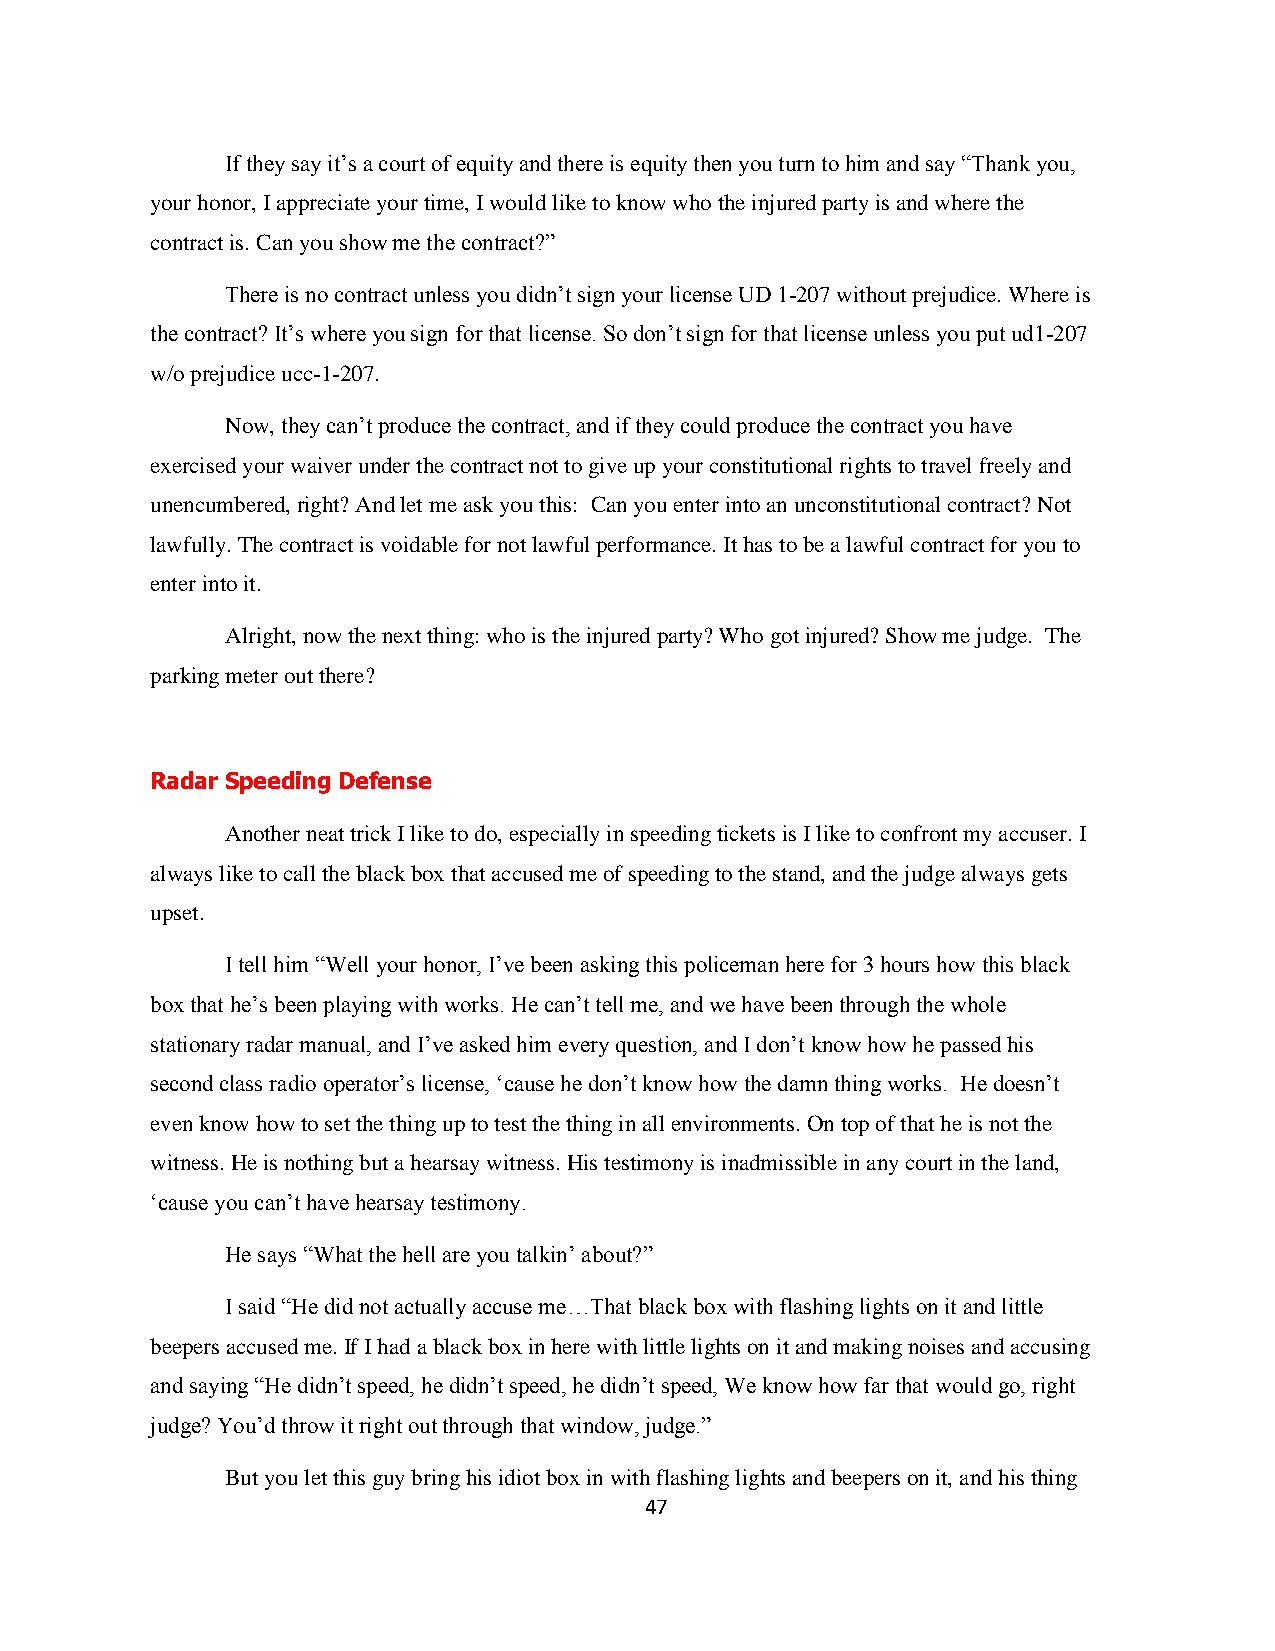
If they say it‟s a court of equity and there is equity then you turn to him and say “Thank you,
 your honor, I appreciate your time, I would like to know who the injured party is and where the
 contract is. Can you show me the contract?”
 There is no contract unless you didn‟t sign your license UD 1-207 without prejudice. Where is
 the contract? It‟s where you sign for that license. So don‟t sign for that license unless you put ud1-207
 w/o prejudice ucc-1-207.
 Now, they can‟t produce the contract, and if they could produce the contract you have
 exercised your waiver under the contract not to give up your constitutional rights to travel freely and
 unencumbered, right? And let me ask you this: Can you enter into an unconstitutional contract? Not
 lawfully. The contract is voidable for not lawful performance. It has to be a lawful contract for you to
 enter into it.
 Alright, now the next thing: who is the injured party? Who got injured? Show me judge. The
 parking meter out there?
 Radar Speeding Defense
 Another neat trick I like to do, especially in speeding tickets is I like to confront my accuser. I
 always like to call the black box that accused me of speeding to the stand, and the judge always gets
 upset.
 I tell him “Well your honor, I‟ve been asking this policeman here for 3 hours how this black
 box that he‟s been playing with works. He can‟t tell me, and we have been through the whole
 stationary radar manual, and I‟ve asked him every question, and I don‟t know how he passed his
 second class radio operator‟s license, „cause he don‟t know how the damn thing works. He doesn‟t
 even know how to set the thing up to test the thing in all environments. On top of that he is not the
 witness. He is nothing but a hearsay witness. His testimony is inadmissible in any court in the land,
 „cause you can‟t have hearsay testimony.
 He says “What the hell are you talkin‟ about?”
 I said “He did not actually accuse me…That black box with flashing lights on it and little
 beepers accused me. If I had a black box in here with little lights on it and making noises and accusing
 and saying “He didn‟t speed, he didn‟t speed, he didn‟t speed, We know how far that would go, right
 judge? You‟d throw it right out through that window, judge.”
 But you let this guy bring his idiot box in with flashing lights and beepers on it, and his thing
 47